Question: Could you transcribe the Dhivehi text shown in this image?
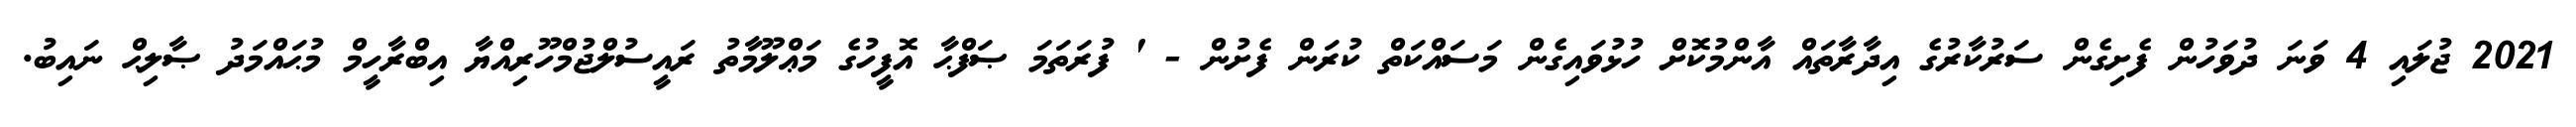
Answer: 2021 ޖުލައި 4 ވަނަ ދުވަހުން ފެށިގެން ސަރުކާރުގެ އިދާރާތައް އާންމުކޮށް ހުޅުވައިގެން މަސައްކަތް ކުރަން ފެށުން - ' ފުރަތަމަ ޞަފްޙާ އޮފީހުގެ މަޢްލޫމާތު ރައީސުލްޖުމްހޫރިއްޔާ އިބްރާހީމް މުޙައްމަދު ޞާލިޙް ނައިބު.